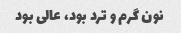
نون گرم و ترد بود، عالی بود